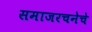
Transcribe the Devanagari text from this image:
समाजरचनेचे